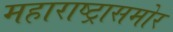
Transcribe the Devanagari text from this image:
महाराष्ट्रासमोर